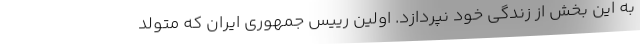
به این بخش از زندگی خود نپردازد. اولین رییس جمهوری ایران که متولد